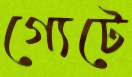
গ্যেটে